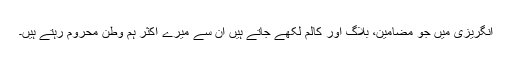
انگریزی میں جو مضامین، بلاگ اور کالم لکھے جاتے ہیں ان سے میرے اکثر ہم وطن محروم رہتے ہیں۔